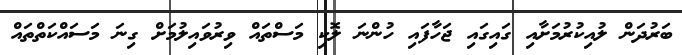
ބަރުދަން ލުއިކުރުމަށާއި ގައިގައި ޖަހާފައި ހުންނަ ލޮކި މަސްތައް ވިރުވައިލުމަށް ގިނަ މަސައްކަތްތައް